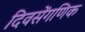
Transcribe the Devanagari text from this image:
दिवसेंगणिक